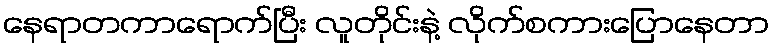
နေရာတကာရောက်ပြီး လူတိုင်းနဲ့ လိုက်စကားပြောနေတာ